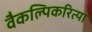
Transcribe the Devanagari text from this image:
वैकल्पिकरित्या